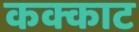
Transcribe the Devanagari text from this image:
कक्काट